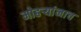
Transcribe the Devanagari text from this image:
मोहऱ्यांनाच